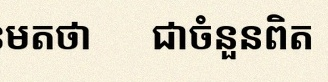
សន្មតថា x ជាចំនួនពិត